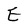
Character: E